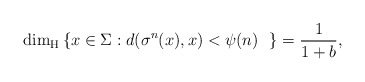
\begin{align*}\dim_{\rm H}\left\{x\in\Sigma: d(\sigma^n(x),x)<\psi(n)\ \ \right\}=\frac{1}{1+b},\end{align*}